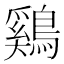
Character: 鷄